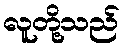
လူတို့သည်